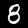
Label: 8